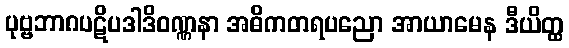
ပုဗ္ဗဘာဂပဋိပဒါဒိဝဏ္ဏနာ အဓိကတရပညော အာယာမေန ဒီယိတ္ထ